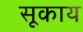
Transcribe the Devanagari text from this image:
सूकाय